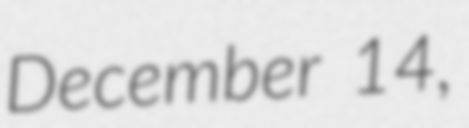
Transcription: December 14,